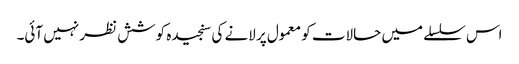
اس سلسلے میں حالات کو معمول پر لانے کی سنجیدہ کوشش نظر نہیں آئی۔